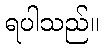
ရပါသည်။